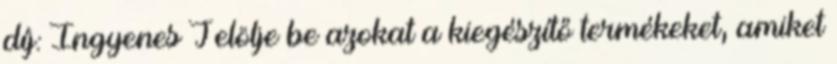
díj: Ingyenes Jelölje be azokat a kiegészítő termékeket, amiket